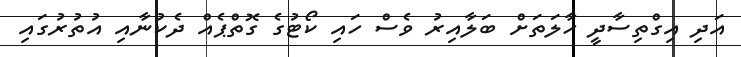
އަދި އިގްތިސާދީ ހާލަތަށް ބަލާއިރު ވެސް ހައި ކޯޓުގެ ގޮތްޕެއް ދެކުނާއި އުތުރުގައި